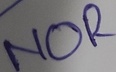
Text: NOR